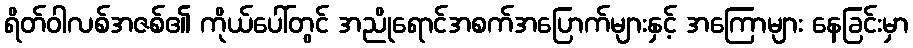
ရိတ်ဝါလစ်အဇစ်၏ ကိုယ်ပေါ်တွင် အညိုရောင်အစက်အပြောက်များနှင့် အကြောများ နေခြင်းမှာ